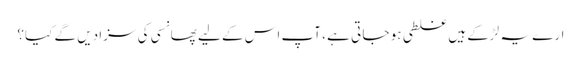
ارے یہ لڑکے ہیں غلطی ہو جا تی ہے ، آپ اس کے لیے پھانسی کی سزا دیں گے کیا؟